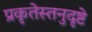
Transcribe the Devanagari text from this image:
प्रकृतेस्तनुदृष्टे